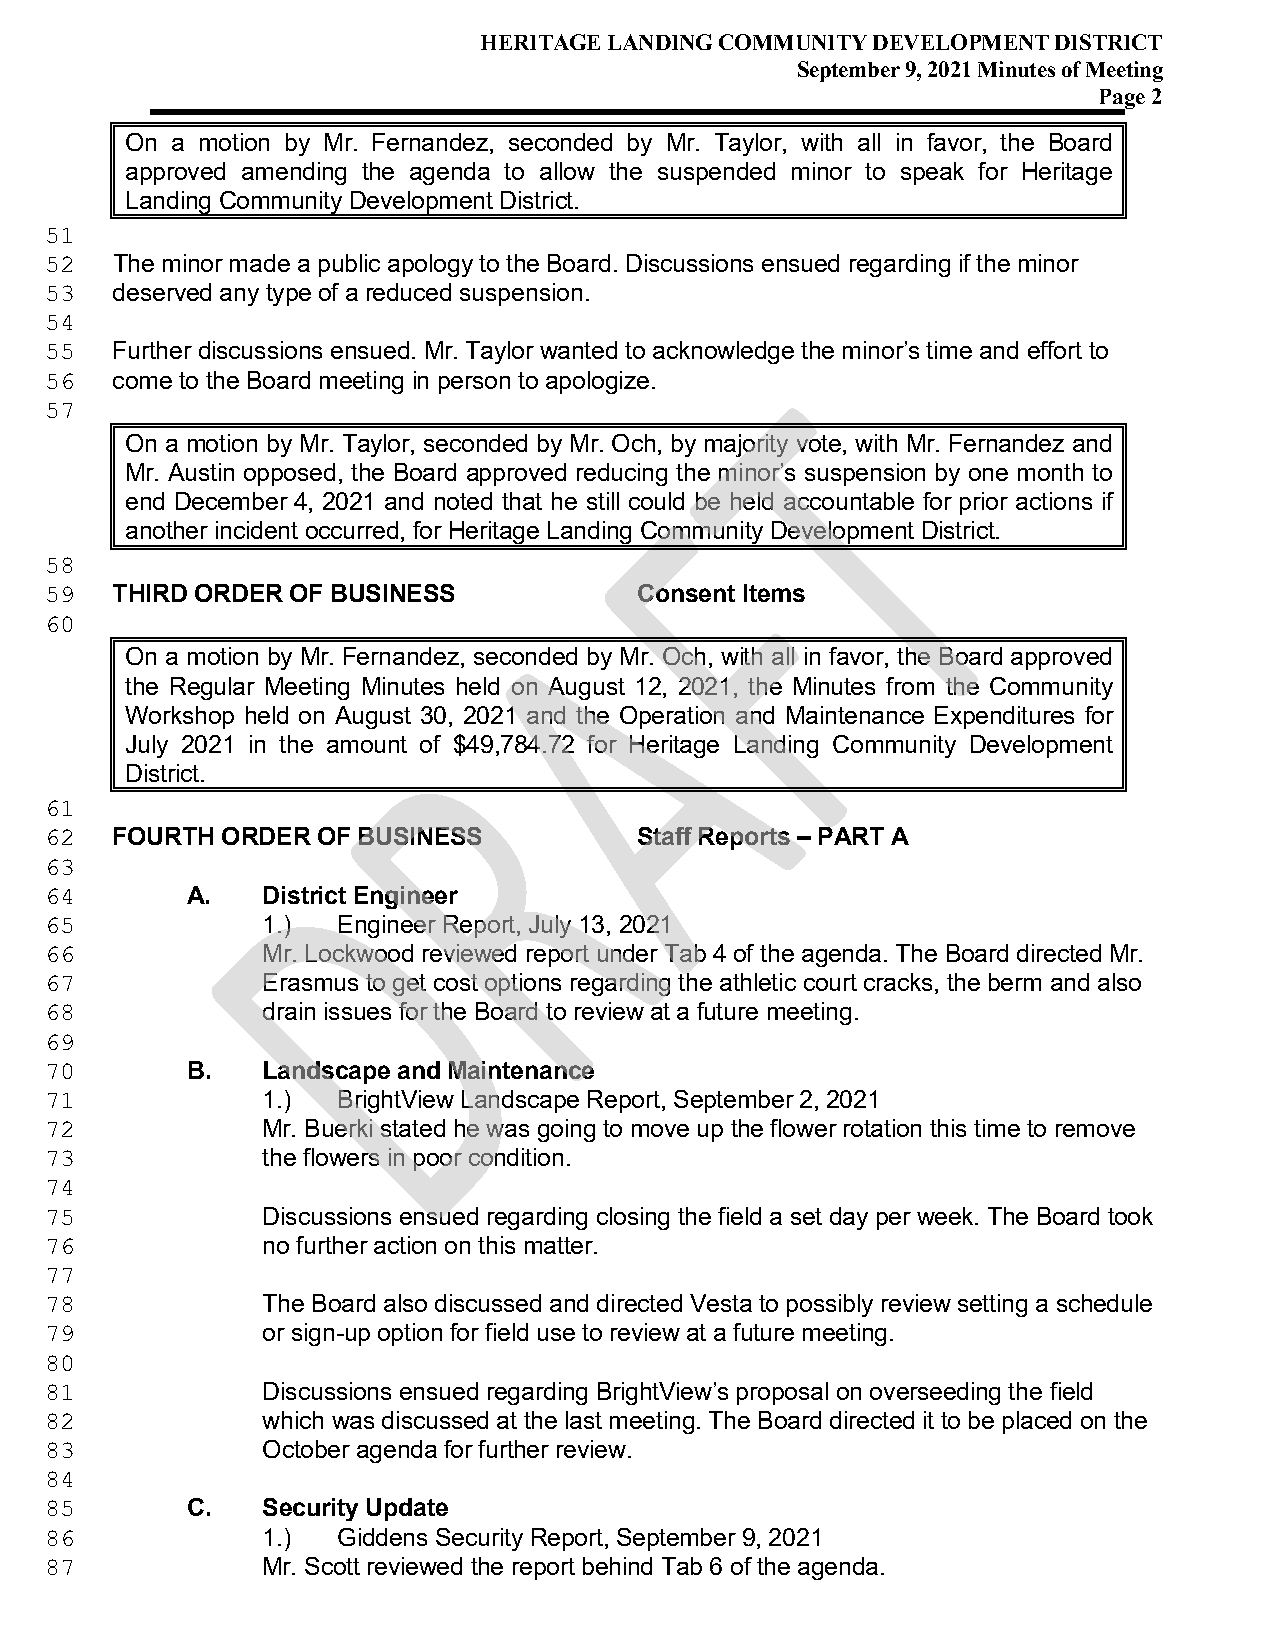
HERITAGE LANDING COMMUNITY DEVELOPMENT DISTRICT
 September 9, 2021 Minutes of Meeting
 Page 2
 On a motion by Mr. Fernandez, seconded by Mr. Taylor, with all in favor, the Board
 approved amending the agenda to allow the suspended minor to speak for Heritage
 Landing Community Development District.
 51
 The minor made a public apology to the Board. Discussions ensued regarding if the minor
 52
 deserved any type of a reduced suspension.
 53
 54
 Further discussions ensued. Mr. Taylor wanted to acknowledge the minor’s time and effort to
 55
 come to the Board meeting in person to apologize.
 56
 57
 On a motion by Mr. Taylor, seconded by Mr. Och, by majority vote, with Mr. Fernandez and
 Mr. Austin opposed, the Board approved reducing the minor’s suspension by one month to
 end December 4, 2021 and noted that he still could be held accountable for prior actions if
 another incident occurred, for Heritage Landing Community Development District.
 58
 THIRD ORDER OF BUSINESS            Consent Items
 59
 60
 On a motion by Mr. Fernandez, seconded by Mr. Och, with all in favor, the Board approved
 the Regular Meeting Minutes held on August 12, 2021, the Minutes from the Community
 Workshop held on August 30, 2021 and the Operation and Maintenance Expenditures for
 July 2021 in the amount of $49,784.72 for Heritage Landing Community Development
 District.
 61
 FOURTH  ORDER OF BUSINESS          Staff Reports – PART A
 62
 63
 A.   District Engineer
 64
 1.)  Engineer Report, July 13, 2021
 65
 Mr. Lockwood reviewed report under Tab 4 of the agenda. The Board directed Mr.
 66
 Erasmus to get cost options regarding the athletic court cracks, the berm and also
 67
 drain issues for the Board to review at a future meeting.
 68
 69
 B.   Landscape and Maintenance
 70
 1.)  BrightView Landscape Report, September 2, 2021
 71
 Mr. Buerki stated he was going to move up the flower rotation this time to remove
 72
 the flowers in poor condition.
 73
 74
 Discussions ensued regarding closing the field a set day per week. The Board took
 75
 no further action on this matter.
 76
 77
 The Board also discussed and directed Vesta to possibly review setting a schedule
 78
 or sign-up option for field use to review at a future meeting.
 79
 80
 Discussions ensued regarding BrightView’s proposal on overseeding the field
 81
 which was discussed at the last meeting. The Board directed it to be placed on the
 82
 October agenda for further review.
 83
 84
 C.   Security Update
 85
 1.)  Giddens Security Report, September 9, 2021
 86
 Mr. Scott reviewed the report behind Tab 6 of the agenda.
 87